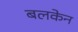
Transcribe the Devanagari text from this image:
बलकेन